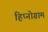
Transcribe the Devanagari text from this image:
हिप्नोग्राम